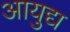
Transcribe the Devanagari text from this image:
आयुद्य